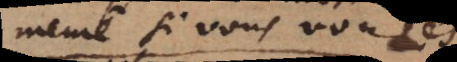
même si vous voulés,